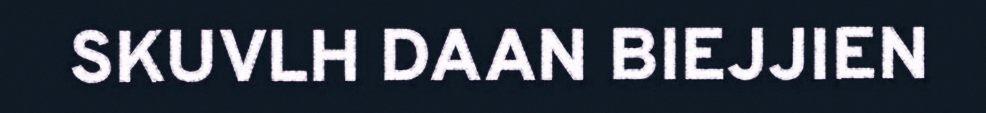
SKUVLH DAAN BIEJJIEN